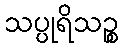
သပ္ပုရိသဉ္စ